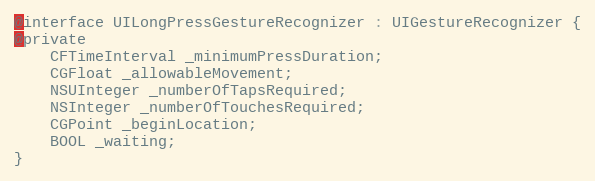
Language: C
@interface UILongPressGestureRecognizer : UIGestureRecognizer {
@private
    CFTimeInterval _minimumPressDuration;
    CGFloat _allowableMovement;
    NSUInteger _numberOfTapsRequired;
    NSInteger _numberOfTouchesRequired;
    CGPoint _beginLocation;
    BOOL _waiting;
}